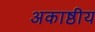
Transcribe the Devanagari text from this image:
अकाष्ठीय